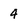
Character: 4